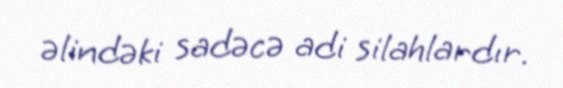
əlindəki sadəcə adi silahlardır.